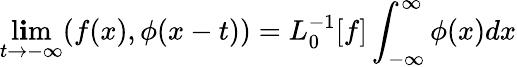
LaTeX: \operatorname*{l\mathbf{i}m}_{t\rightarrow-\infty}(f(x),\phi(x-t))=L_{0}^{-1}[f]\int_{-\infty}^{\infty}\phi(x)dx